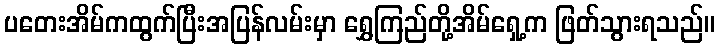
ပတေးအိမ်ကထွက်ပြီးအပြန်လမ်းမှာ ရွှေကြည်တို့အိမ်ရှေ့က ဖြတ်သွားရသည်။